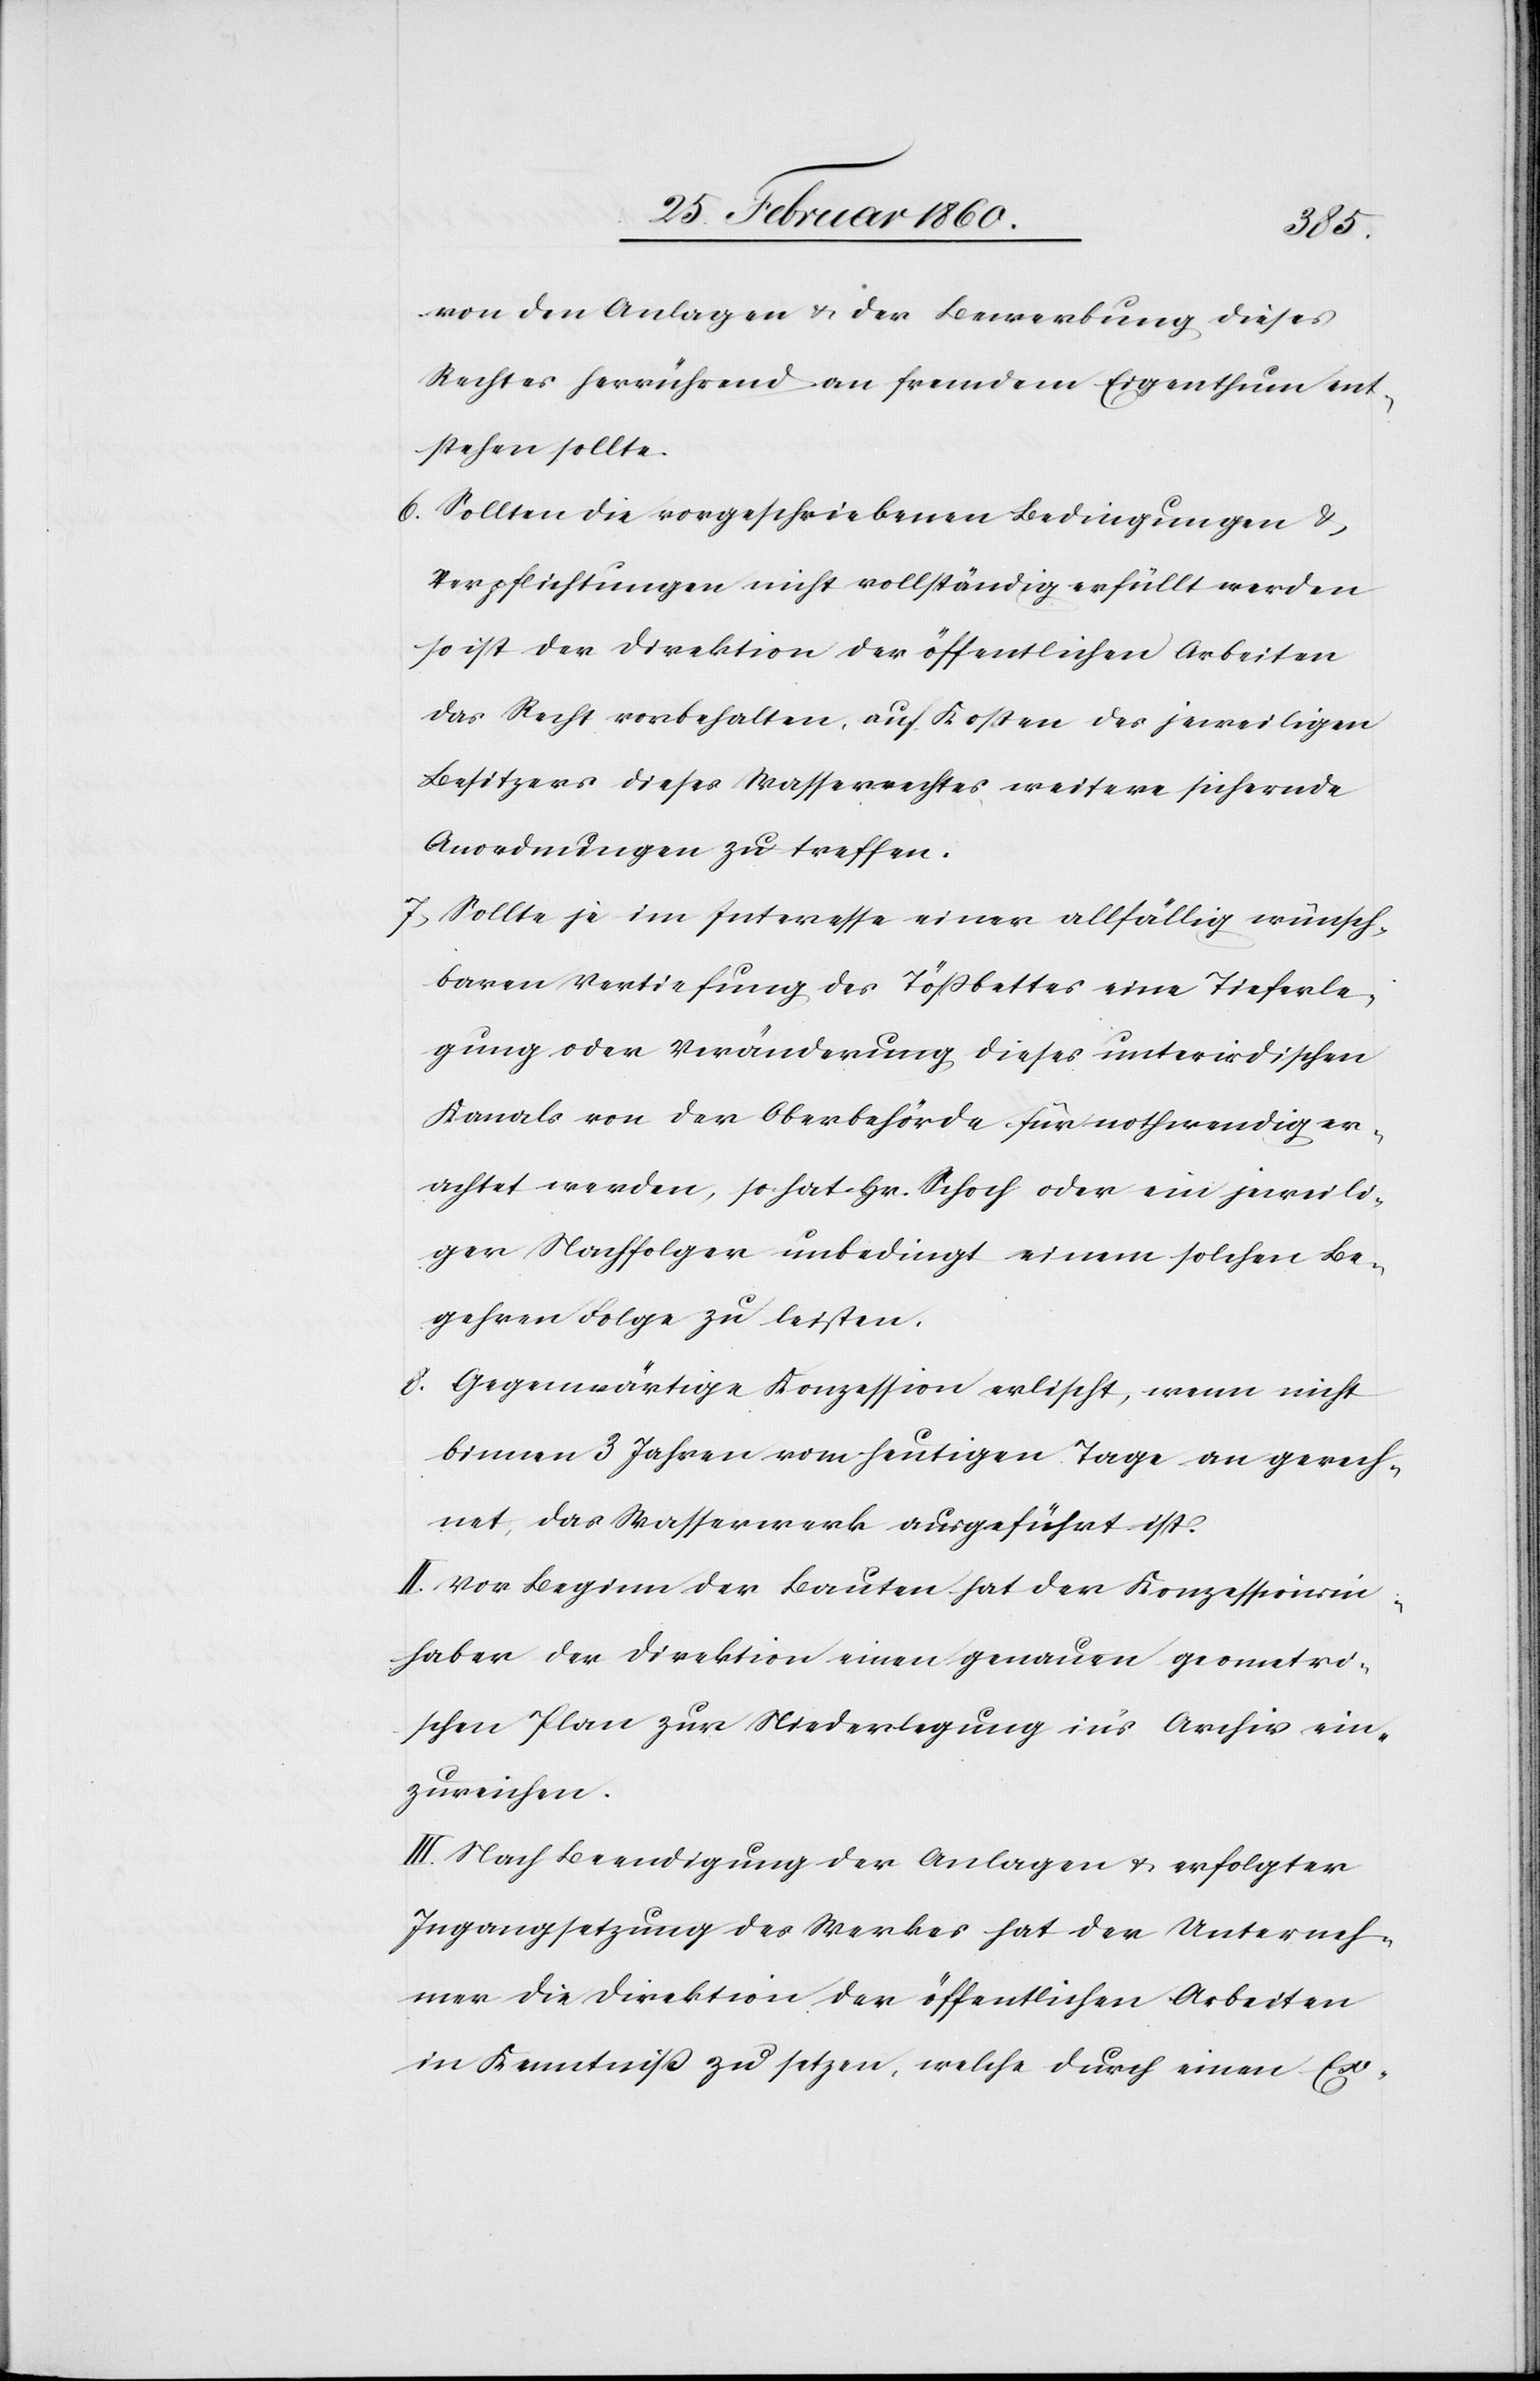
von den Anlagen u. der Bewerbung dieses
Rechtes herrührend an fremdem Eigenthum ent¬
stehen sollte.
6. Sollten die vorgeschriebenen Bedingungen u.
Verpflichtungen nicht vollständig erfüllt werden
so ist der Direktion der öffentlichen Arbeiten
das Recht vorbehalten, auf Kosten des jeweiligen
Besitzers dieses Wasserrechtes weitere sichernde
Anordnungen zu treffen.
7. Sollte je im Interesse einer allfällig wünsch¬
baren Vertiefung des Tössbettes eine Tieferle¬
gung oder Veränderung dieses unterirdischen
Kanals von der Oberbehörde für nothwendig er¬
achtet werden, so hat Hr. Schoch oder ein jeweili¬
ger Nachfolger unbedingt einem solchen Be¬
gehren Folge zu leisten.
8. Gegenwärtige Konzession erlischt, wenn nicht
binnen 3 Jahren vom heutigen Tage an gerech¬
net, das Wasserwerk ausgeführt ist.
II. Vor Beginn der Bauten hat der Konzessionsin¬
haber der Direktion einen genauen geometri¬
schen Plan zur Niederlegung ins Archiv ein¬
zureichen.
III. Nach Beendigung der Anlagen u. erfolgter
Ingangsetzung des Werkes hat der Unterneh¬
mer die Direktion der öffentlichen Arbeiten
in Kenntniß zu setzen, welche durch einen Ex-